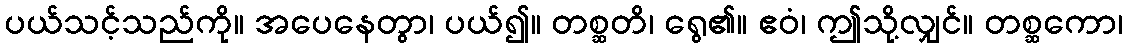
ပယ်သင့်သည်ကို။ အပေနေတွာ၊ ပယ်၍။ တစ္ဆတိ၊ ရွေ၏။ ဧဝံ၊ ဤသို့လျှင်။ တစ္ဆကော၊